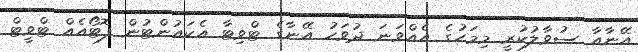
އޭނާއާ ސުވާލުކުރީ މިމަހުގެ އެއްވަނަ ދުވަހު އޭނާގެ ޓްވިޓާ އެކައުންޓުން ފޮޓޯއެއް ޓްވީޓް